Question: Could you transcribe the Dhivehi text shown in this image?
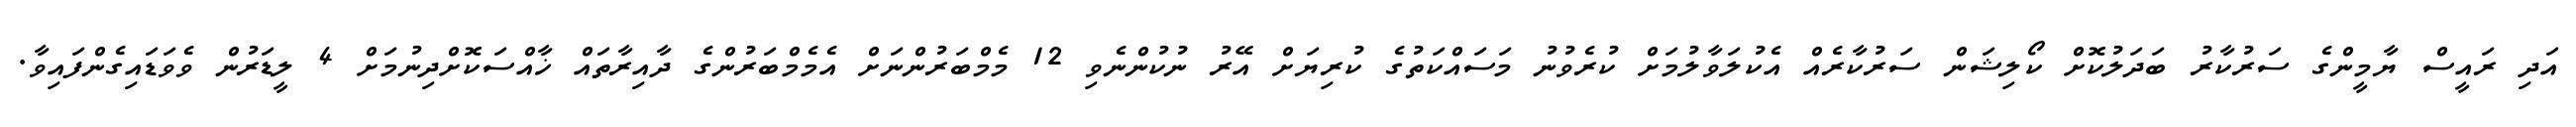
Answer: އަދި ރައީސް ޔާމީންގެ ސަރުކާރު ބަދަލުކޮށް ކޯލިޝަން ސަރުކާރެއް އެކުލަވާލުމަށް ކުރެވުނު މަސައްކަތުގެ ކުރިޔަށް އޭރު ނުކުންނެވި 12 މެމްބަރުންނަށް އެމެމްބަރުންގެ ދާއިރާތައް ޚާއްސަކޮށްދިނުމަށް 4 ލީޑަރުން ވެވަޑައިގެންފައިވާ.